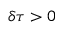
\delta \tau > 0